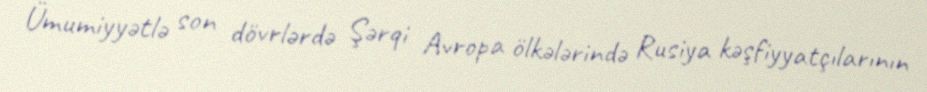
Ümumiyyətlə son dövrlərdə Şərqi Avropa ölkələrində Rusiya kəşfiyyatçılarının